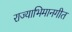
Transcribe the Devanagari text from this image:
राज्याभिमानगीत